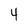
Character: 4